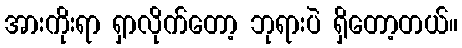
အားကိုးရာ ရှာလိုက်တော့ ဘုရားပဲ ရှိတော့တယ်။